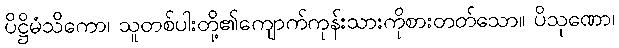
ပိဋ္ဌိမံသိကော၊ သူတစ်ပါးတို့၏ကျောက်ကုန်းသားကိုစားတတ်သော။ ပိသုဏော၊